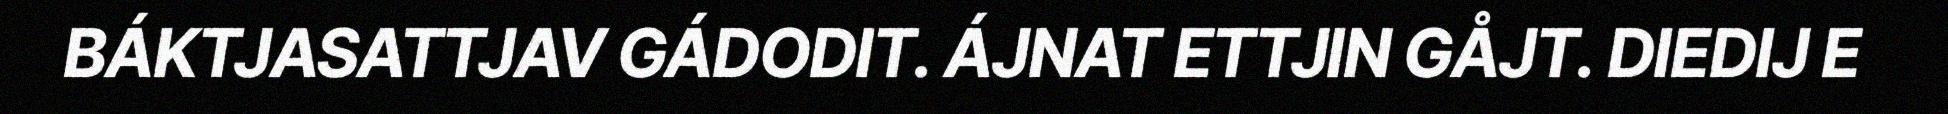
BÁKTJASATTJAV GÁDODIT. ÁJNAT ETTJIN GÅJT. DIEDIJ E